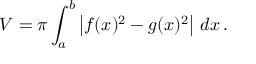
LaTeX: V = \pi \int _ { a } ^ { b } \left| f ( x ) ^ { 2 } - g ( x ) ^ { 2 } \right| \, d x \, .